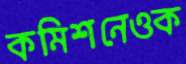
কমিশনেওক